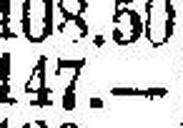
147.—